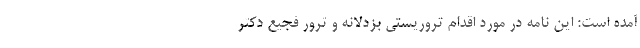
آمده است: این نامه در مورد اقدام تروریستی بزدلانه و ترور فجیع دکتر